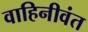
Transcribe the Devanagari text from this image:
वाहिनीवंत